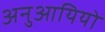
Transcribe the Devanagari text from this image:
अनुआयियो